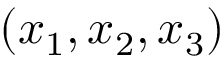
( x _ { 1 } , x _ { 2 } , x _ { 3 } )